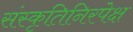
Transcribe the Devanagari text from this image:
संस्कृतिनिरपेक्ष